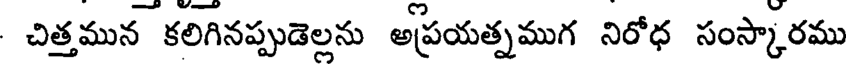
చిత్తమున కలిగినప్పుడెల్లను అప్రయత్నముగ నిరోధ సంస్కారము